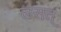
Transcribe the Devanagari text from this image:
लसत्